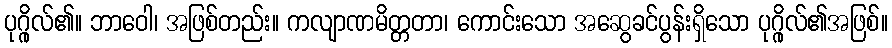
ပုဂ္ဂိုလ်၏။ ဘာဝေါ၊ အဖြစ်တည်း။ ကလျာဏမိတ္တတာ၊ ကောင်းသော အဆွေခင်ပွန်းရှိသော ပုဂ္ဂိုလ်၏အဖြစ်။